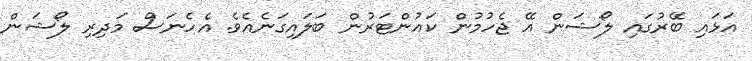
އަޅައި ބޭރުގައި ލޯޝަން އޭ ޖެހުމުން ކައުންޓަރުން ބަލައިގަނެއެވެ. އެހެނަސް މަދިރި ލޯޝަން